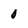
Character: O